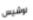
لوشيس